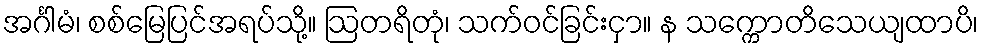
အင်္ဂါမံ၊ စစ်မြေပြင်အရပ်သို့။ ဩတရိတုံ၊ သက်ဝင်ခြင်းငှာ။ န သက္ကောတိသေယျထာပိ၊